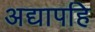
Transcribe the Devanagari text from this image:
अद्यापहि